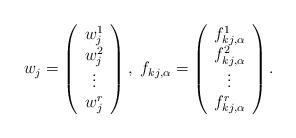
LaTeX: \begin{align*}w_j=\left( \begin{array}{c} w_j^1 \\ w_j^2 \\\vdots \\w_j^r \end{array} \right),\ f_{kj, \alpha}=\left( \begin{array}{c} f_{kj, \alpha}^1 \\ f_{kj, \alpha}^2 \\\vdots \\f_{kj, \alpha}^r \end{array} \right). \end{align*}